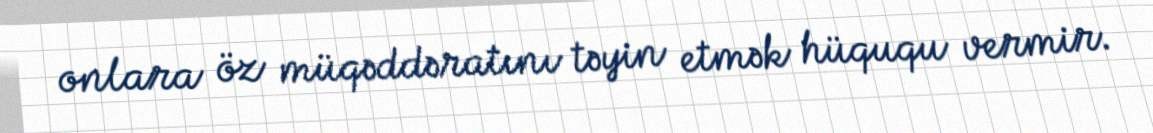
onlara öz müqəddəratını təyin etmək hüququ vermir.